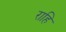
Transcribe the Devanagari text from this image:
राहि